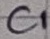
Text: C1